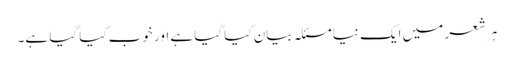
ہر شعر میں ایک نیا مسئلہ بیان کیا گیا ہے اور خوب کیا گیا ہے۔